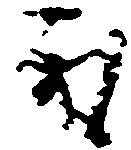
取